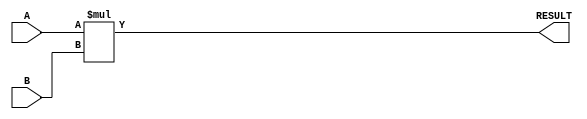
module parameterized_multiplier #(
    parameter DATA_WIDTH_A = 8,   // Width of operand A
    parameter DATA_WIDTH_B = 8,   // Width of operand B
    parameter RESULT_WIDTH = DATA_WIDTH_A + DATA_WIDTH_B // Width of the result
)(
    input  wire [DATA_WIDTH_A-1:0] A, // Input operand A
    input  wire [DATA_WIDTH_B-1:0] B, // Input operand B
    output wire [RESULT_WIDTH-1:0] RESULT // Output product
);

    // Combinational logic for multiplication
    assign RESULT = A * B;

endmodule